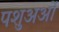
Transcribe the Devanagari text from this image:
पशुअओं